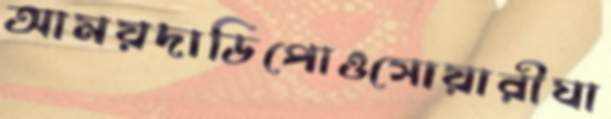
আময়দাডিপোওসোয়ারীঘা